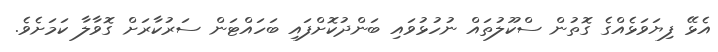
އެޅޭ ފިޔަވަޅެއްގެ ގޮތުން ސްކޫލުތައް ނުހުޅުވައި ބަންދުކޮށްފައި ބަހައްޓަން ސަރުކާރަށް ގޮވާލާ ކަމަށެވެ.